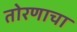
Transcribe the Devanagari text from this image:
तोरणाचा